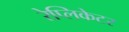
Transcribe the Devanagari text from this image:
रेप्लिकेटर